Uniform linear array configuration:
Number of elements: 64
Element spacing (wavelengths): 0.25
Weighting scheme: cosine
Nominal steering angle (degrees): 15
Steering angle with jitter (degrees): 14.982
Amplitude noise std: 0.05
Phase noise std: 0.05

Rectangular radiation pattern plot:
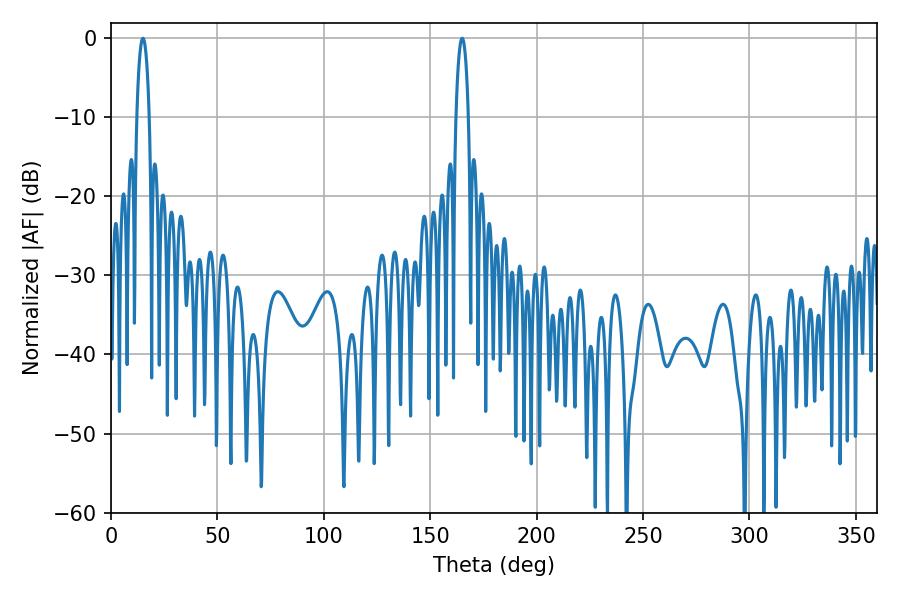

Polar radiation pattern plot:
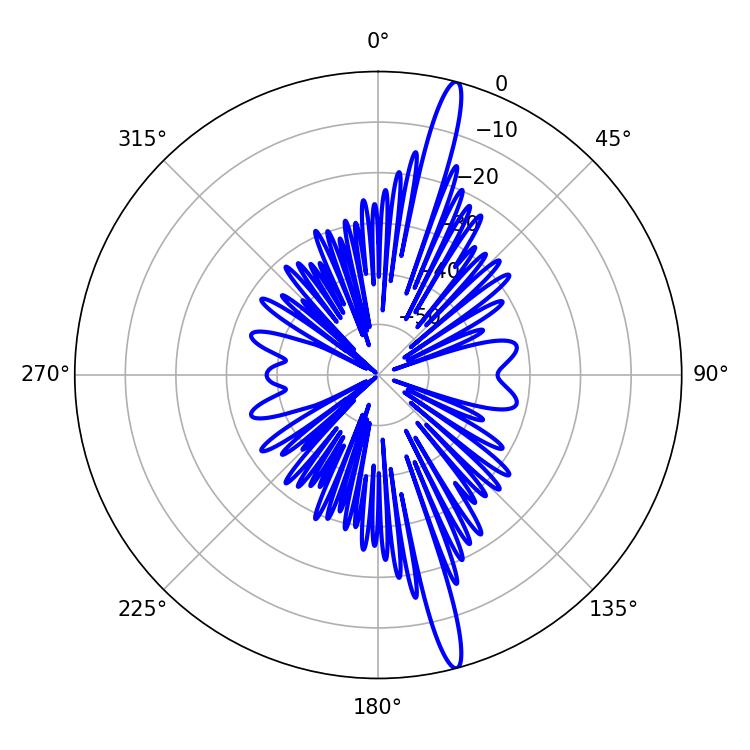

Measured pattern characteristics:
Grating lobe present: FALSE
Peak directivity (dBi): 17.687
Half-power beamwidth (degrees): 3.42
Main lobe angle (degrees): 14.94